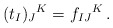
\begin{align*}(t_I)_J{}^K = f_{IJ}{}^K \,. \end{align*}